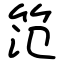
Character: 笵